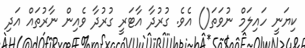
ކިޔަނީ ހައިލަމް ނުވަތަ() އެވެ. ގުރުދާ އާޓަރީ ގުރުދާ ވެއިން ނާރުތައް އަދި